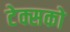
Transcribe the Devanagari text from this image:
टेक्सको